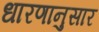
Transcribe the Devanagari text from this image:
धारणानुसार